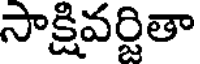
సాక్షివర్జితా